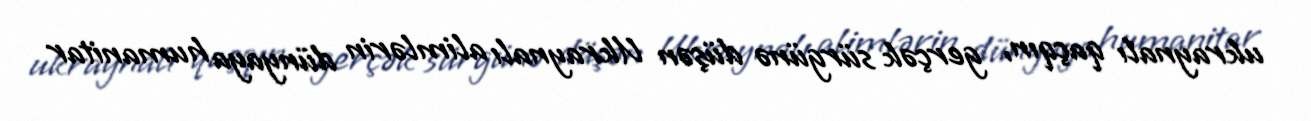
ukraynalı qaçqın, gerçək sürgünə düşən Ukraynalı alimlərin dünyaya humanitar